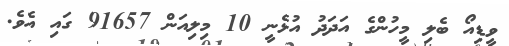
ވީޑިއޯ ބެލި މީހުންގެ އަދަދު އުޅެނީ 10 މިލިއަން 91657 ގައި އެވެ.